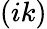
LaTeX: (ik)